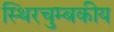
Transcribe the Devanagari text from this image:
स्थिरचुम्बकीय